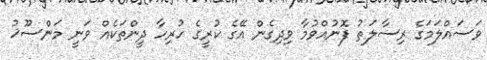
ވަސައްލަމަގެ ރިސާލަތު ފޮނުއްވުމާ ވިދިގެން އޭގެ ކުރީގެ ހުރިހާ ދީންތަކެއް ވަނީ މަންސޫޚު